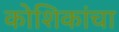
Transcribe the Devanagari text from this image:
कोशिकांचा